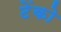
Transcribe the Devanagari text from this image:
टेंको